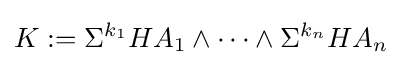
K:=\Sigma ^{k_{1}}HA_{1}\wedge \cdots \wedge \Sigma ^{k_{n}}HA_{n}